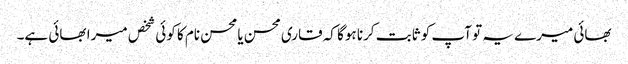
بھائی میرے یہ تو آپ کو ثابت کرنا ہوگا کہ قاری محسن یا محسن نام کا کوئی شخص میرا بھائی ہے۔